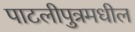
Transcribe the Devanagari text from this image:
पाटलीपुत्रमधील